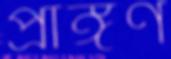
প্রাঙ্গণ